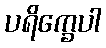
ပရိက္ခေပါ